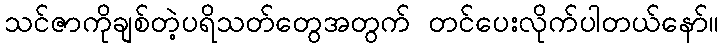
သင်ဇာကိုချစ်တဲ့ပရိသတ်တွေအတွက် တင်ပေးလိုက်ပါတယ်နော်။